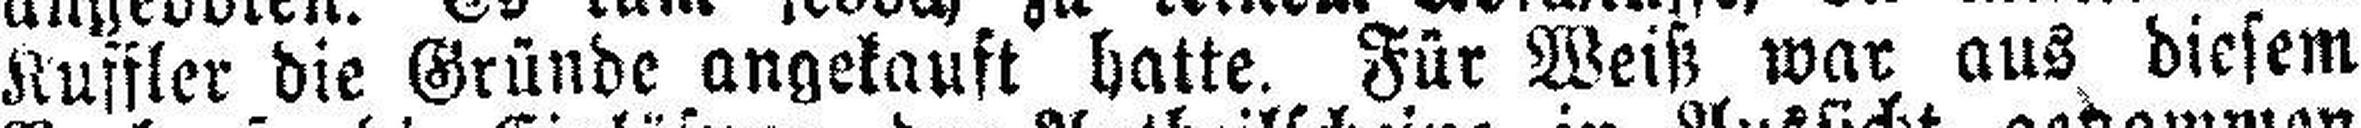
Kuffler die Gründe angekauft hatte. Für Weiß war aus diesem